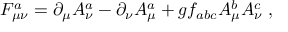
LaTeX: F _ { \mu \nu } ^ { a } = \partial _ { \mu } A _ { \nu } ^ { a } - \partial _ { \nu } A _ { \mu } ^ { a } + g f _ { a b c } A _ { \mu } ^ { b } A _ { \nu } ^ { c } \, \, ,